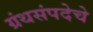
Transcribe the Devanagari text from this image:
ग्रंथसंपदेचे